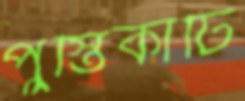
পুস্তিকাটি